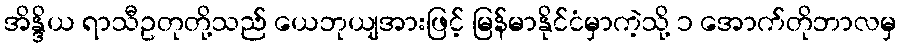
အိန္ဒိယ ရာသီဥတုတို့သည် ယေဘုယျအားဖြင့် မြန်မာနိုင်ငံမှာကဲ့သို့ ၁ အောက်တိုဘာလမှ